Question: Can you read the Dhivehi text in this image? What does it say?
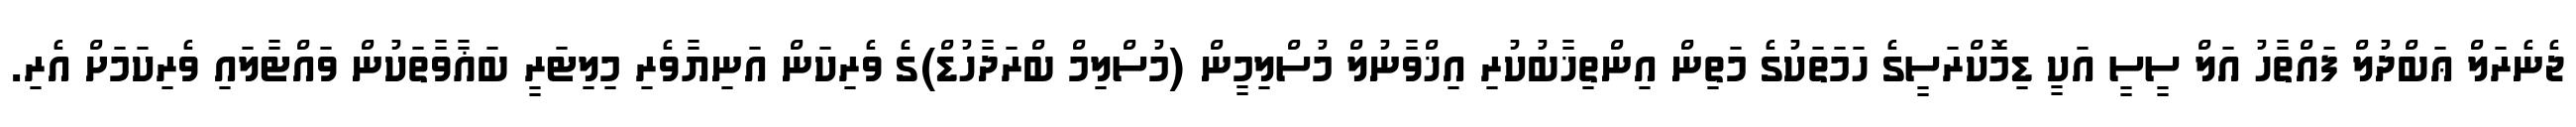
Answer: ޖެނެރަލް ޢަބްދުލް ފައްތާހު އަލް ސީސީ އަކީ ޑިމޮކްރަސީގެ ހަމަތަކުގެ މަތިން އިންތިޚާބުކުރި އިޚްވާނުލް މުސްލިމީން (މުސްލިމް ބްރަދާހުޑް)ގެ ވެރިކަން އަނިޔާވެރި މިލިޓަރީ ބަޣާވާތަކުން ވައްޓާލައި ވެރިކަމަށް އެރި.